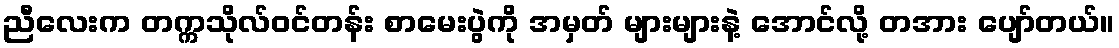
ညီလေးက တက္ကသိုလ်ဝင်တန်း စာမေးပွဲကို အမှတ် များများနဲ့ အောင်လို့ တအား ပျော်တယ်။